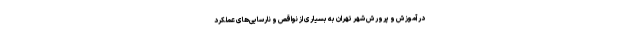
در آموزش و پرورش شهر تهران به بسیاری از نواقص و نارسایی‌های عملکرد